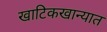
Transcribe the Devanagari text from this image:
खाटिकखान्यात